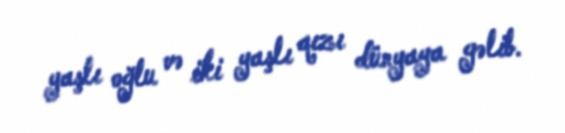
yaşlı oğlu və iki yaşlı qızı dünyaya gəlib.